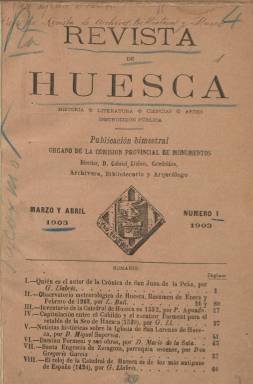
Título: Revista de Huesca
Colección: Revistas de información general || Cultura
Ámbito geográfico: Huesca
Lugar de publicación: Huesca
Fechas: 01/01/1903-31/12/1904

Fundada, dirigida y editada por el archivero, bibliotecario, arqueólogo y académico Gabriel Llabrés y Quintana (1858-1928), es una “publicación bimestral” dedicada a la erudición histórica, cuya primera entrega es de marzo-abril de 1903. Llabrés ya había llevado a cabo empresas editoriales similares en Mahón, Cáceres y Palma de Mallorca, de donde era originario, y cuando llega como catedrático de Historia al Instituto de Huesca, en 1902, ya se estaba publicando en Zaragoza la Revista de Aragón (1900-1905), de parecidas características, por lo que su revista adolecerá, quizá por esta causa, del suficiente número de colaboradores, siendo Llabrés el autor más prolijo en sus páginas, firmando una veintena de trabajos, y el resto por una docena de otros eruditos.

La colección de este título en la Biblioteca Nacional de España la integran sus seis primeros números, que alcanza hasta el año 1904, y que forman un primer tomo, de 489 páginas, incluido un índice, al final. Llegó a editar un número 7, en 1905, que iniciaría un segundo tomo, cuya continuación quedó truncada, pues su número de suscriptores, cuya lista en distintas localidades españolas llega a dar cuenta, no debió satisfacer las necesidades para su financiación y edición. Este último número lo dedicará al catálogo del Museo Provincial de Huesca, a cargo de la Comisión de Monumentos Históricos y Artísticos.

Las indicaciones que acompañan a su título en la cubierta del primer tomo son “historia, literatura, ciencias, artes, instrucción pública”, indicando así mismo que es “órgano de la Comisión Provincial de Monumentos”. Este primer tomo adoptará también el subtítulo “Colección de materiales para la Historia de Aragón”, y sus entregas fueron estampadas en las imprentas de Castanera (Huesca) y M. Escar (Zaragoza). Cada entrega tendrá unas ochenta páginas, compuestas a una columna, cuya cabecera indica sólo el número de tomo y entrega y el año, careciendo de indicación de los meses a los que corresponde.

Entre los firmantes de los artículos que publica, además de Llabrés, especializado en bibliografía y paleografía, se encuentran su discípulo y futuro historiador Pedro Aguado Bleye (1884-1953), Luis Buil Bayod (1865-1921), que lleva a cabo unos resúmenes meteorológicos, el genealogista Gregorio García Ciprés (1868-), Mariano de Pano (1847-1948), el presbítero Juan Cañardo, José Castán (1889-1969), Gregorio Castejón y Mario de La Sala Valdés y García-Sala (1833-1909), entre otros. Llabrés transcribe en la revista documentos y códices inéditos y algunos manuscritos y epistolarios referidos a la historia aragonesa y oscense, como las memorias de Félix Latassa o unas cartas inéditas de Jovellanos, del Libro de La Cadena de Jaca, de las ordenanzas de Huesca o una cronología de jueces turolenses.

En las páginas de la revista se publicarán inventarios de la Catedral de Huesca o del Archivo Municipal, noticias históricas y sobre la Comisión de Monumentos, de bibliografía, biografía, estudios sobre parroquias y sobre cuestiones de agricultura, literatura, arquitectura, escultura, pintura o viajes, entre otros. No contiene ilustraciones y sí alguna publicidad comercial.

En 1994, el Instituto de Estudios Altoaragoneses, de la Diputación Provincial de Huesca, editó el facsímil de esta revista, con un prólogo de Ignacio Peiró Martín, y diversos índices, como el onomástico y el toponímico, elaborados por Jesús Paraíso y Ester Pujol. También, Juan Domínguez Lasierra es autor de un trabajo sobre Llabrés y esta revista, publicado en 1989.